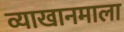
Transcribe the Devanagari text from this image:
व्याखानमाला